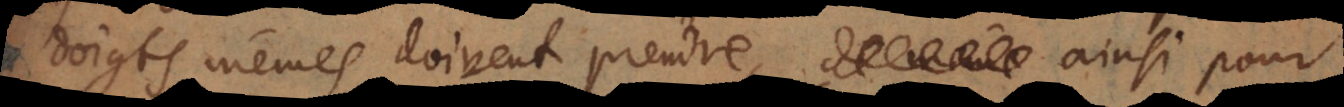
doigts mêmes doivent prendre, ainsi pour